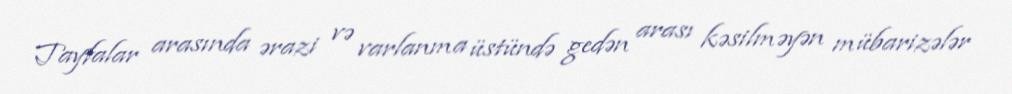
Tayfalar arasında ərazi və varlanma üstündə gedən arası kəsilməyən mübarizələr